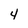
Character: 4